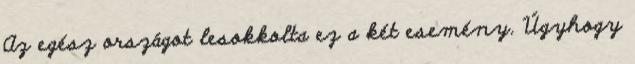
Az egész országot lesokkolta ez a két esemény. Úgyhogy